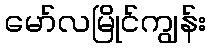
မော်လမြိုင်ကျွန်း